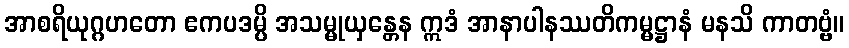
အာစရိယုဂ္ဂဟတော ဧကပဒမ္ပိ အသမ္မုယှန္တေန ဣဒံ အာနာပါနဿတိကမ္မဋ္ဌာနံ မနသိ ကာတဗ္ဗံ။